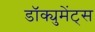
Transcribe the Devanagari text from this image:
डॉक्युमेंट्‌स